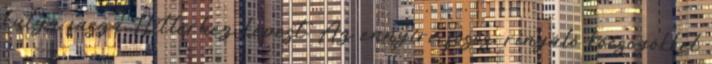
kutya fasza Hitlerhez képest. Az ennyire fosós, rinyáló köcsögökkel